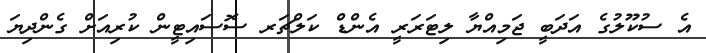
އެ ސުކޫލުގެ އަދަބީ ޖަމިއްޔާ ލިޓަރަރީ އެންޑް ކަލްޗަރ ސޮސައިޓީން ކުރިއަށް ގެންދިޔަ